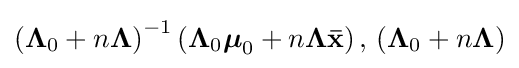
\left({\boldsymbol {\Lambda }}_{0}+n{\boldsymbol {\Lambda }}\right)^{-1}\left({\boldsymbol {\Lambda }}_{0}{\boldsymbol {\mu }}_{0}+n{\boldsymbol {\Lambda }}\mathbf {\bar {x}} \right),\,\left({\boldsymbol {\Lambda }}_{0}+n{\boldsymbol {\Lambda }}\right)